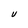
Character: V